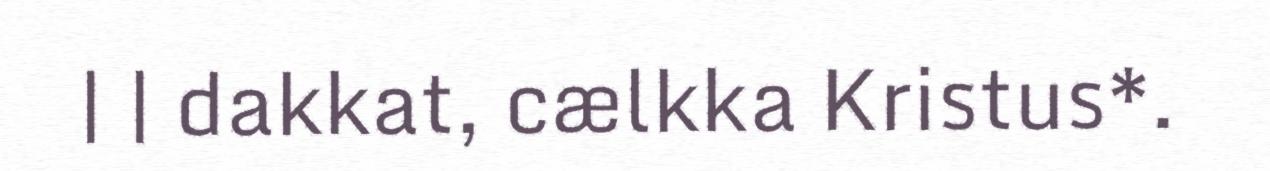
| | dakkat, cælkka Kristus*.